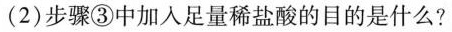
(2)步骤③中加入足量稀盐酸的目的是什么?